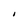
Character: I